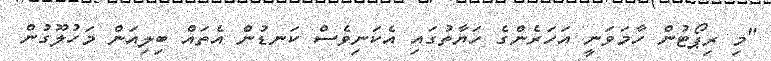
"މި ރިޕޯޓުން ހާމަވަނީ އަހަރެންގެ ހަޔާތުގައި އެކަނިވެސް ކަނޑުން އެތައް ބިލިއަން މަހުލޫގުން